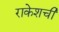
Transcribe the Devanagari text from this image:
राकेशची